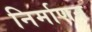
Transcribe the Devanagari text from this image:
निर्माणन